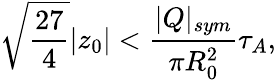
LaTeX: \sqrt{\frac{27}{4}}|z_{0}|<\frac{|Q|_{sym}}{\pi R_{0}^{2}}\tau_{A},